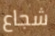
شجاع